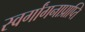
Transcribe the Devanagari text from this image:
स्वर्गांगनाप्राप्ति